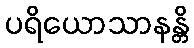
ပရိယောသာနန္တိ